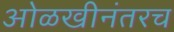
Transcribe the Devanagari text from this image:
ओळखीनंतरच